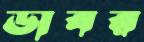
ডাবর